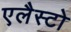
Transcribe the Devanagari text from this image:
एलैस्टो